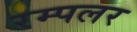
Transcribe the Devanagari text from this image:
रम्पलर